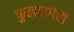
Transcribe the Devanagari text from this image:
फुलबागेची